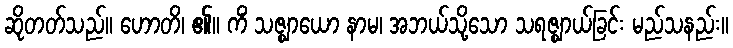
ဆိုတတ်သည်။ ဟောတိ၊ ၏။ ကိံ သဇ္ဈာယော နာမ၊ အဘယ်သို့သော သရဇ္ဈာယ်ခြင်း မည်သနည်း။